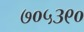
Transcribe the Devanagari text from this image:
७०५३९०